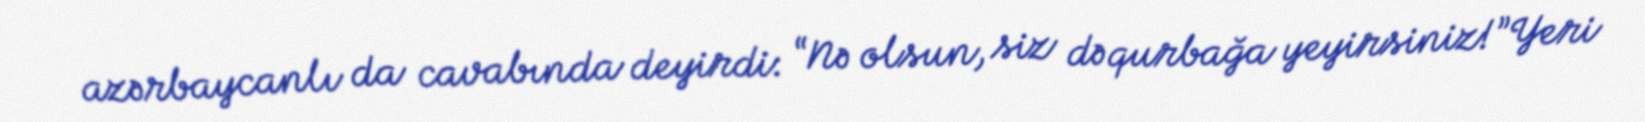
azərbaycanlı da cavabında deyirdi: “Nə olsun, siz də qurbağa yeyirsiniz!”Yeri